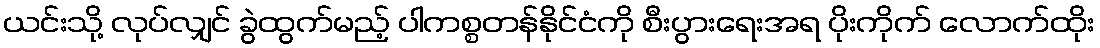
ယင်းသို့ လုပ်လျှင် ခွဲထွက်မည့် ပါကစ္စတန်နိုင်ငံကို စီးပွားရေးအရ ပိုးကိုက် လောက်ထိုး